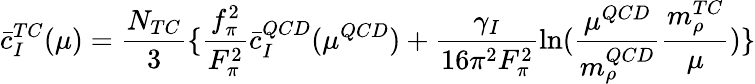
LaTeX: \bar{c}_{I}^{TC}(\mu)=\frac{N_{TC}}{3}\{ {\frac{f_{\pi}^{2}}{F_{\pi}^{2}}\bar{c}_{I}^{QCD}(\mu^{QCD})+\frac{\gamma_{I}}{16\pi^{2}F_{\pi}^{2}}\ln(\frac{\mu^{QCD}}{m_{\rho}^{QCD}}\frac{m_{\rho}^{TC}}{\mu})}\}